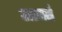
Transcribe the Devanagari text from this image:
आयतं